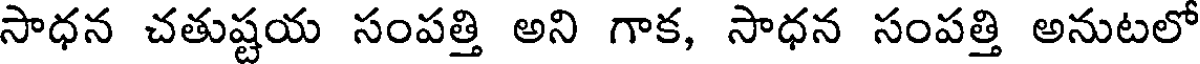
సాధన చతుష్టయ సంపత్తి అని గాక, సాధన సంపత్తి అనుటలో